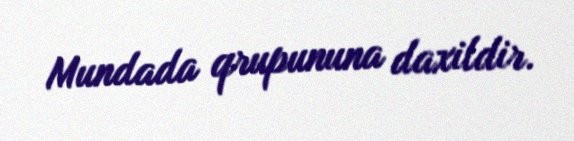
Mundada qrupununa daxildir.